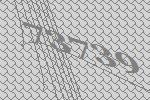
73739